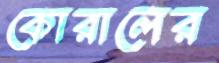
কোরালের